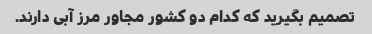
تصمیم بگیرید که کدام دو کشور مجاور مرز آبی دارند.